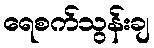
ရေစက်သွန်းချ